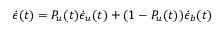
\dot { { \epsilon } } ( t ) = P _ { u } ( t ) \dot { \epsilon } _ { u } ( t ) + ( 1 - P _ { u } ( t ) ) \dot { \epsilon } _ { b } ( t )